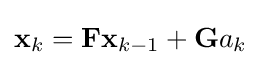
\mathbf {x} _{k}=\mathbf {F} \mathbf {x} _{k-1}+\mathbf {G} a_{k}